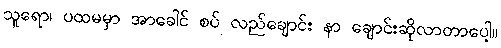
သူရော၊ ပထမမှာ အာခေါင် စပ် လည်ချောင်း နာ ချောင်းဆိုလာတာပေါ့။